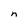
Character: n